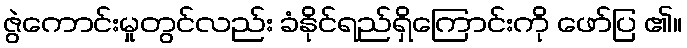
ဇွဲကောင်းမှုတွင်လည်း ခံနိုင်ရည်ရှိကြောင်းကို ဖော်ပြ ၏။